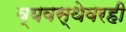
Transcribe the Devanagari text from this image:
व्यवस्थेवरही